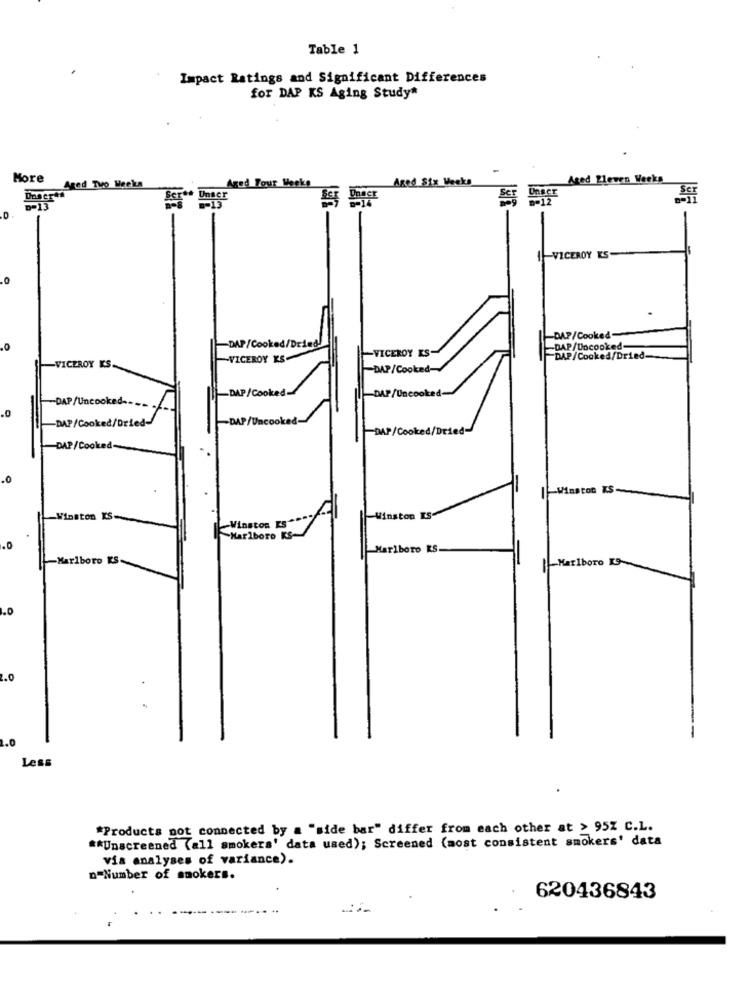
Table 1
Impact Ratings and Significant Differences
for DAP KS Aging Study"
More
Aged Two Weeks
Aged Six Weeks
Aged Pleven Weeks
Aged Tour Weeks
-VICEROY KS
DAP/Cooked
-DAP/Cooked/Dried
VICEROY KS
DAP/Docooked-
-VICEROY KS-
DAP/Cooked/Dried
VICEROY KS.
DAP/Cooked-
-DAP/Cooked
cooked-
-DAP/D
/orle
oked-
DAP/Cool
|-Winston KS.
-Winston IS
-Winston
Marlboro KS-
.0
Marlboro RS.
Marlboro KS-
1.0
Less
*Products not connected by a "side bar" differ from each other at > 95% C.L.
** Unscreened (all smokers' data used); Screened (most consistent smokers' data
via analyses of variance).
n-Number of smokers.
620436843
--------